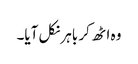
وہ اٹھ کر باہر نکل آیا۔